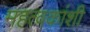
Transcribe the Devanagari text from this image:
महत्वकांशी